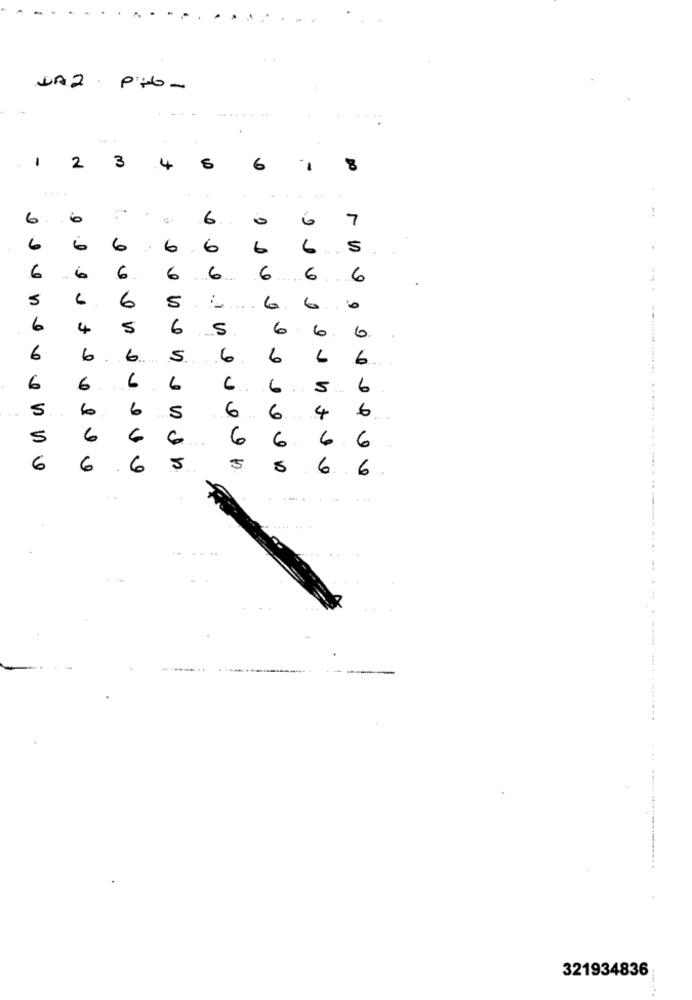
.
LA 2
-
.......
3
2
4
6
.
!
6.
.9
6
0
6
7
6
6
6
6
6
6
5
6
6
6
6
6
6
6
6
5
6
5
....
6.
6.
6
4
5
6
5
6
6
6
6
6
6
2 .. ...
S
6
6
L
6
6
6
6.
6
6
5
6
5
6
6
6
4
6
S
6
5
6
6
6
6
6
6
6
6
6
5
5
5
6.6
. ..
. -
321934836